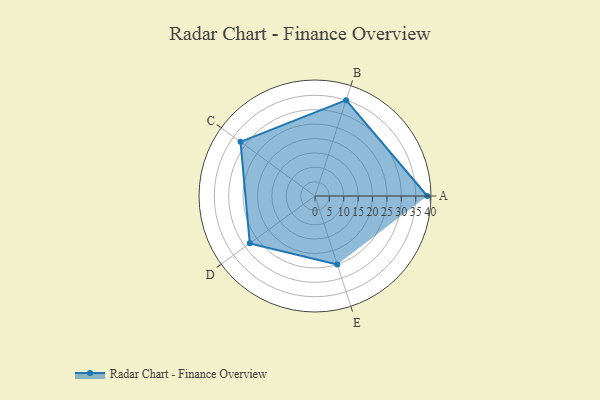
{"axis": {"x": "Skill", "y": "Score"}, "legend": ["Profile"], "data": [{"x": "A", "y": 39.0, "type": "Profile"}, {"x": "B", "y": 35.0, "type": "Profile"}, {"x": "C", "y": 32.0, "type": "Profile"}, {"x": "D", "y": 28.0, "type": "Profile"}, {"x": "E", "y": 25.0, "type": "Profile"}]}